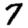
Digit: 7